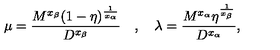
\mu = \frac { M ^ { x _ { \beta } } ( 1 - \eta ) ^ { \frac { 1 } { x _ { \alpha } } } } { D ^ { x _ { \beta } } } \quad , \quad \lambda = \frac { M ^ { x _ { \alpha } } \eta ^ { \frac { 1 } { x _ { \beta } } } } { D ^ { x _ { \alpha } } } ,